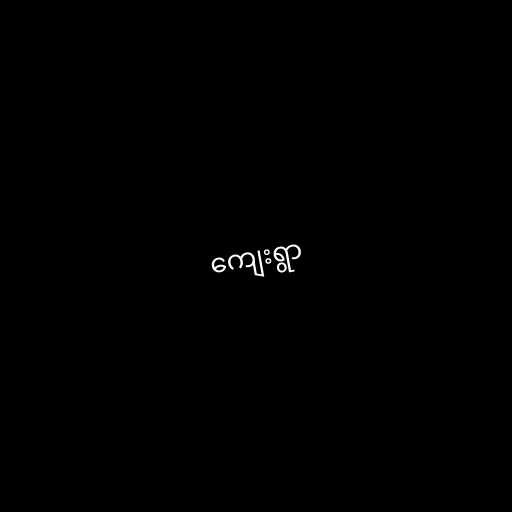
ကျေးရွာ